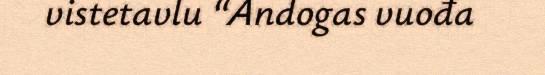
vistetavlu “Andogas vuođa